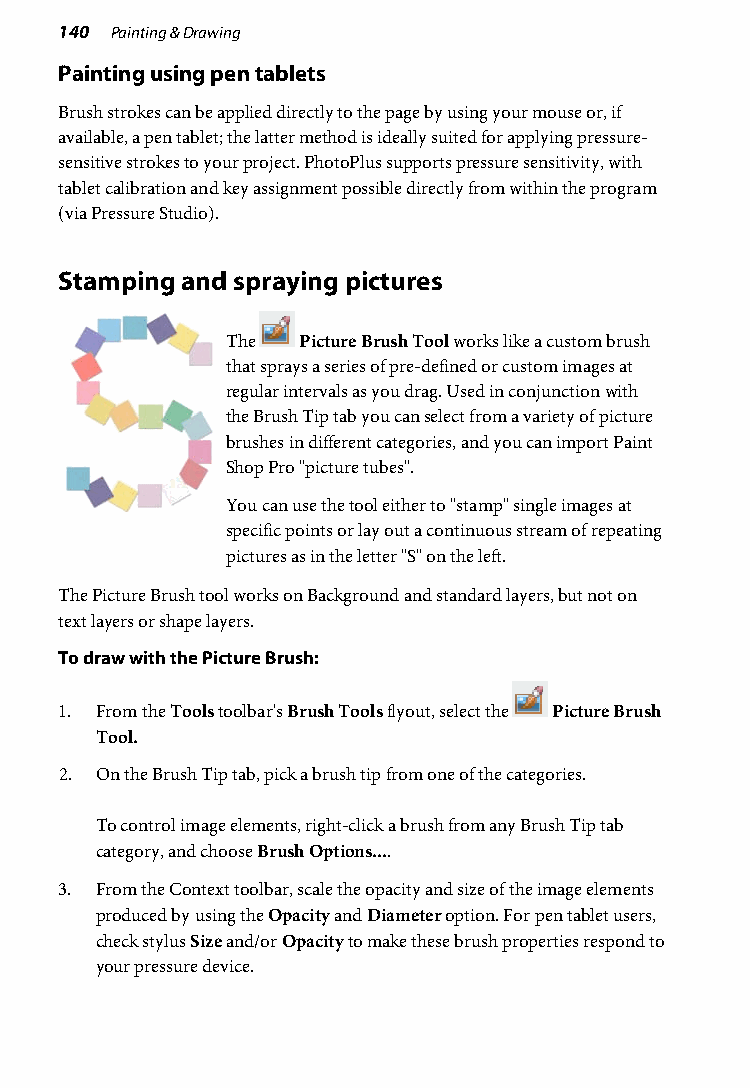
140 Painting & Drawing
 Painting using pen tablets
 Brush strokes can be applied directly to the page by using your mouse or, if
 available, a pen tablet; the latter method is ideally suited for applying pressure-
 sensitive strokes to your project. PhotoPlus supports pressure sensitivity, with
 tablet calibration and key assignment possible directly from within the program
 (via Pressure Studio).
 Stamping and spraying pictures
 The  Picture Brush Tool works like a custom brush
 that sprays a series of pre-defined or custom images at
 regular intervals as you drag. Used in conjunction with
 the Brush Tip tab you can select from a variety of picture
 brushes in different categories, and you can import Paint
 Shop Pro "picture tubes".
 You can use the tool either to "stamp" single images at
 specific points or lay out a continuous stream of repeating
 pictures as in the letter "S" on the left.
 The Picture Brush tool works on Background and standard layers, but not on
 text layers or shape layers.
 To draw with the Picture Brush:
 1. From the Tools toolbar's Brush Tools flyout, select the Picture Brush
 Tool.
 2. On the Brush Tip tab, pick a brush tip from one of the categories.
 To control image elements, right-click a brush from any Brush Tip tab
 category, and choose Brush Options....
 3. From the Context toolbar, scale the opacity and size of the image elements
 produced by using the Opacity and Diameter option. For pen tablet users,
 check stylus Size and/or Opacity to make these brush properties respond to
 your pressure device.